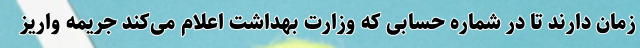
زمان دارند تا در شماره حسابی که وزارت بهداشت اعلام می‌کند جریمه واریز